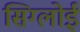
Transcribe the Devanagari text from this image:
सिग्लोई